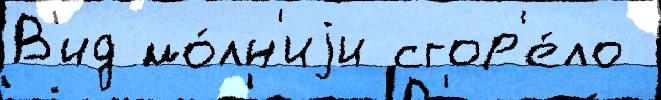
В'ид мо́лн'иjи сгор'е́ло